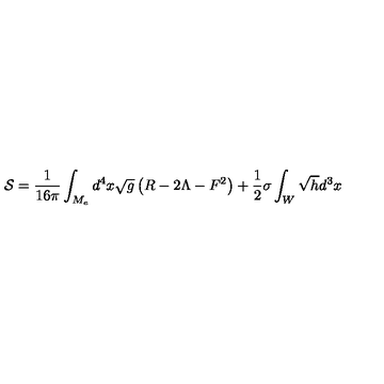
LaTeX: { \cal S } = \frac { 1 } { 1 6 \pi } \int _ { M _ { e } } d ^ { 4 } x \sqrt { g } \left( R - 2 \Lambda - F ^ { 2 } \right) + \frac { 1 } { 2 } \sigma \int _ { W } \sqrt { h } d ^ { 3 } x